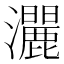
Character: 𱪔